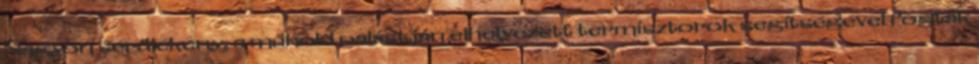
Nagyon sérülékeny, a műhold palástján elhelyezett termisztorok segítségével fogták